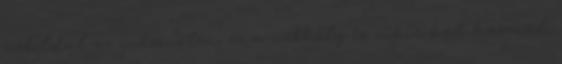
weboldal az interneten, ez a webhely is cookie-kat használ,